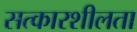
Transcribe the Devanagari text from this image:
सत्कारशीलता